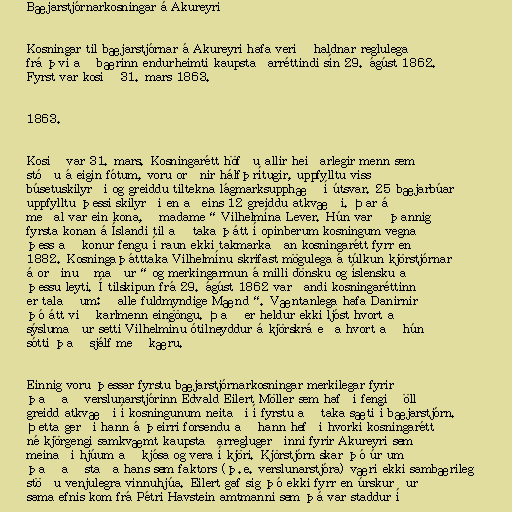
Bæjarstjórnarkosningar á Akureyri

Kosningar til bæjarstjórnar á Akureyri hafa verið haldnar reglulega
frá því að bærinn endurheimti kaupstaðarréttindi sín 29. ágúst 1862.
Fyrst var kosið 31. mars 1863.

1863.

Kosið var 31. mars. Kosningarétt höfðu allir heiðarlegir menn sem
stóðu á eigin fótum, voru orðnir hálfþrítugir, uppfylltu viss
búsetuskilyrði og greiddu tiltekna lágmarksupphæð í útsvar. 25 bæjarbúar
uppfylltu þessi skilyrði en aðeins 12 greiddu atkvæði. Þar á
meðal var ein kona, „madame“ Vilhelmína Lever. Hún varð þannig
fyrsta konan á Íslandi til að taka þátt í opinberum kosningum vegna
þess að konur fengu í raun ekki takmarkaðan kosningarétt fyrr en
1882. Kosningaþátttaka Vilhelmínu skrifast mögulega á túlkun kjörstjórnar
á orðinu „maður“ og merkingarmun á milli dönsku og íslensku að
þessu leyti. Í tilskipun frá 29. ágúst 1862 varðandi kosningaréttinn
er talað um: „alle fuldmyndige Mænd“. Væntanlega hafa Danirnir
þó átt við karlmenn eingöngu. Það er heldur ekki ljóst hvort að
sýslumaður setti Vilhelmínu ótilneyddur á kjörskrá eða hvort að hún
sótti það sjálf með kæru.

Einnig voru þessar fyrstu bæjarstjórnarkosningar merkilegar fyrir
það að verslunarstjórinn Edvald Eilert Möller sem hafði fengið öll
greidd atkvæði í kosningunum neitaði í fyrstu að taka sæti í bæjarstjórn.
Þetta gerði hann á þeirri forsendu að hann hefði hvorki kosningarétt
né kjörgengi samkvæmt kaupstaðarreglugerðinni fyrir Akureyri sem
meinaði hjúum að kjósa og vera í kjöri. Kjörstjórn skar þó úr um
það að staða hans sem faktors (þ.e. verslunarstjóra) væri ekki sambærileg
stöðu venjulegra vinnuhjúa. Eilert gaf sig þó ekki fyrr en úrskurður
sama efnis kom frá Pétri Havstein amtmanni sem þá var staddur í